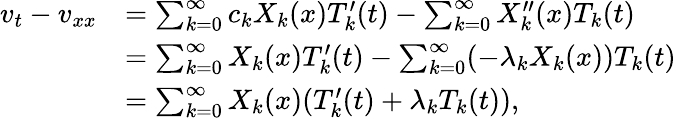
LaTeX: \begin{array}{rl}{v_{t}-v_{xx}}&{=\sum_{k=0}^{∞}c_{k}X_{k}(x)T_{k}^{\prime}(t)-\sum_{k=0}^{∞}X_{k}^{\prime\prime}(x)T_{k}(t)}\\ &{=\sum_{k=0}^{∞}X_{k}(x)T_{k}^{\prime}(t)-\sum_{k=0}^{∞}(-λ_{k}X_{k}(x))T_{k}(t)}\\ &{=\sum_{k=0}^{∞}X_{k}(x)(T_{k}^{\prime}(t)+λ_{k}T_{k}(t)),}\end{array}